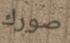
صورك